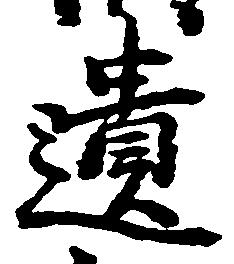
遺